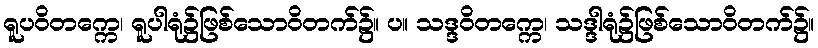
ရူပဝိတက္ကေ၊ ရူပါရုံ၌ဖြစ်သောဝိတက်၌။ ပ။ သဒ္ဒဝိတက္ကေ၊ သဒ္ဒါရုံ၌ဖြစ်သောဝိတက်၌။